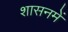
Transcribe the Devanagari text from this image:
शासनमें